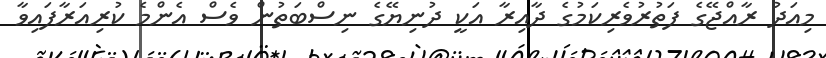
މިއަދު ރާއްޖޭގެ ފަތުރުވެރިކަމުގެ ދާއިރާ އަކީ ދުނިޔޭގެ ނިސްބަތުން ވެސް އެންމެ ކުރިއަރާފައިވާ